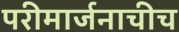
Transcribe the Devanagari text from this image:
परीमार्जनाचीच